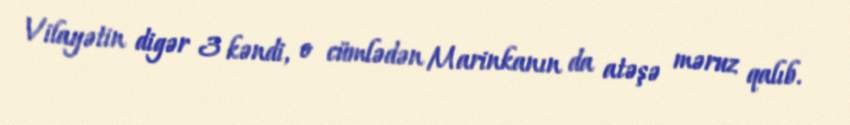
Vilayətin digər 3 kəndi, o cümlədən Marinkanın da atəşə məruz qalıb.